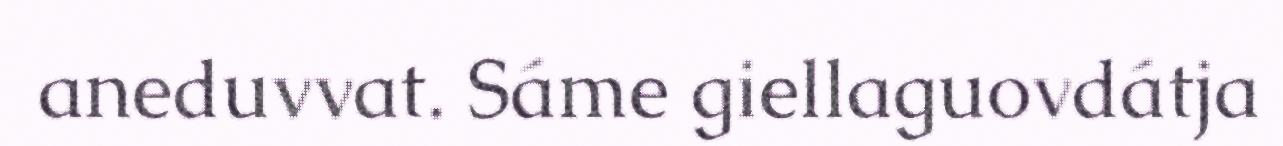
aneduvvat. Sáme giellaguovdátja